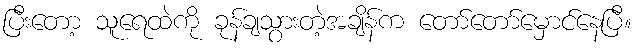
ပြီးတော့ သူရေထဲကို ခုန်ချသွားတဲ့အချိန်က တော်တော်မှောင်နေပြီ။